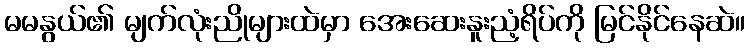
မမနွယ်၏ မျက်လုံးညိုများထဲမှာ အေးဆေးနူးညံ့ရိပ်ကို မြင်နိုင်နေဆဲ။